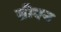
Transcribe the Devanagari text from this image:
ब्रीएन